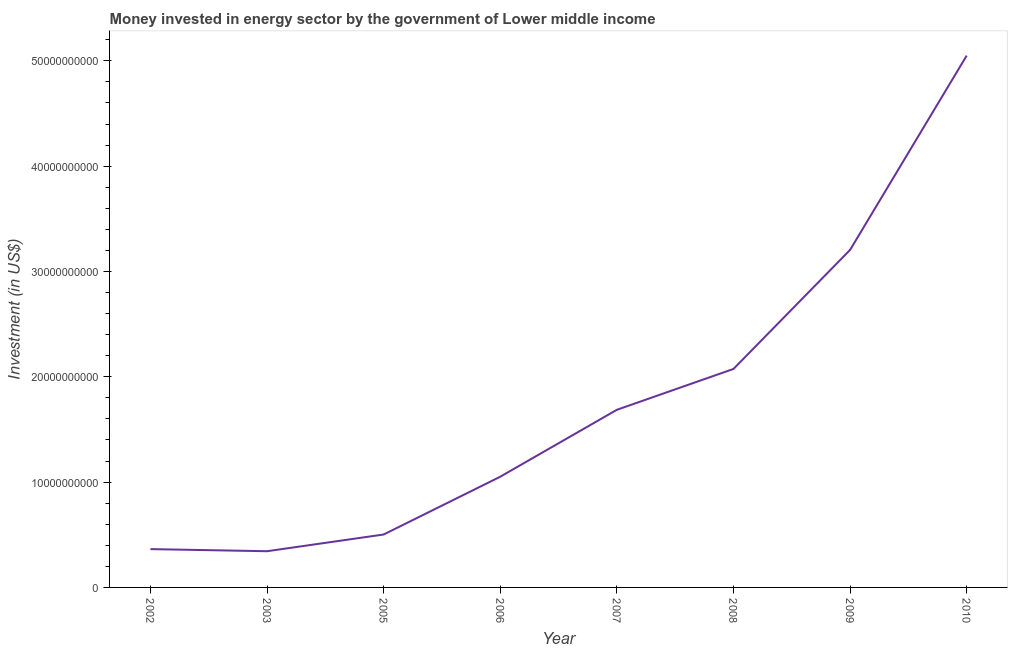
| Year | Investment in energy with private participation (current US$) |
 | --- | --- |
 | 2002 | 3.64e+09 |
 | 2003 | 3.44e+09 |
 | 2005 | 5.03e+09 |
 | 2006 | 1.05e+10 |
 | 2007 | 1.69e+10 |
 | 2008 | 2.07e+10 |
 | 2009 | 3.2e+10 |
 | 2010 | 5.05e+10 |